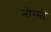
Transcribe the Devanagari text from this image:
नोम्मो